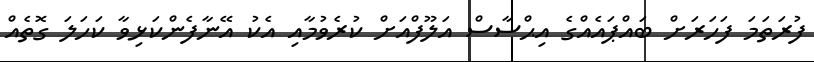
ފުރަތަމަ ފަހަރަށް ބައްޕައެއްގެ އިޙްސާސް އަލޫފްއަށް ކުރެވުމާއި އެކު އޭނާފެންކަޅިވާ ކަހަލަ ގޮތެއް